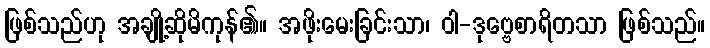
ဖြစ်သည်ဟု အချို့ဆိုမိကုန်၏။ အဖိုးမေးခြင်းသာ၊ ဝါ-ဒုဗ္ဗေစာရိတသာ ဖြစ်သည်။